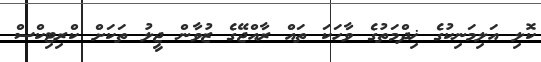
ކޮލި އަލިމަނިކުގެ ޚިދްމަތުގެ ވާހަކަ ތައް ރާއްޖޭގެ ޒުވާން ޖީލު ތަކަށް ކްރިޓިކްސް